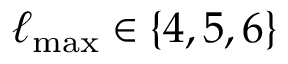
\ell _ { \mathrm { m a x } } \in \{ 4 , 5 , 6 \}